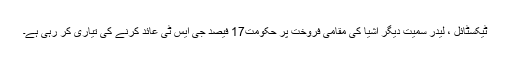
ٹیکسٹائل ، لیدر سمیت دیگر اشیا کی مقامی فروخت پر حکومت17 فیصد جی ایس ٹی عائد کرنے کی تیاری کر رہی ہے۔